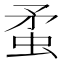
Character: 䖥